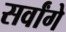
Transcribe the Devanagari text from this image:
सर्वांगे